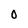
Character: 0